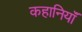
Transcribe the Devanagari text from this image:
कहानियॉं